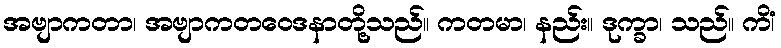
အဗျာကတာ၊ အဗျာကတဝေဒနာတို့သည်။ ကတမာ၊ နည်း။ ဒုက္ခာ၊ သည်။ ကိံ၊